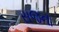
સજના